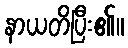
နာယတိပြီး၏။